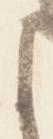
に